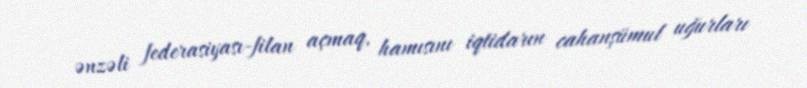
ənzəli federasiyası-filan açmaq, hamısını iqtidarın cahanşümul uğurları